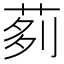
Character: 𦰵